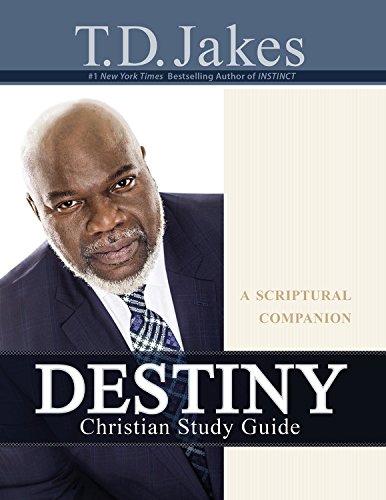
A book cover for Destiny Christian Study Guide: A Scriptural  Companion; T. D. Jakes; Christian Books & Bibles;